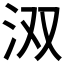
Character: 𮳄